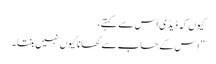
کیوں کہ ڈیڈ ی اس سے کہتے،
” اِس کے حساب سے کھانا کیوں نہیں بنتا ۔